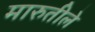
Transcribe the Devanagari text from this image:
मारुतीले